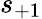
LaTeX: s_{+1}